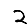
Digit: 2